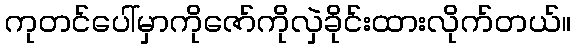
ကုတင်ပေါ်မှာကိုဇော်ကိုလှဲခိုင်းထားလိုက်တယ်။